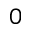
0